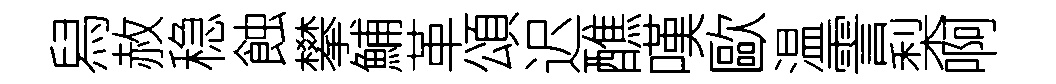
舄赦稳蝕攀鯆革頌迟醮嘆歐温霅梨啊